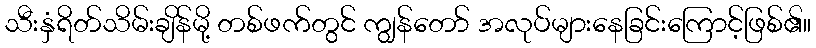
သီးနှံရိတ်သိမ်းချိန်မို့ တစ်ဖက်တွင် ကျွန်တော် အလုပ်များနေခြင်းကြောင့်ဖြစ်၏။